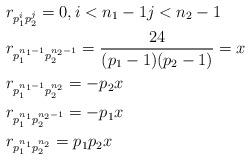
LaTeX: \begin{align*}&r_{p_1^ip_2^j}=0, i<n_1-1 j<n_2-1\\&r_{p_1^{n_1-1}p_2^{n_2-1}}=\frac{24}{(p_1-1)(p_2-1)}=x\\&r_{p_1^{n_1-1}p_2^{n_2}}=-p_2x\\&r_{p_1^{n_1}p_2^{n_2-1}}=-p_1x\\&r_{p_1^{n_1}p_2^{n_2}}=p_1p_2x\\ \end{align*}